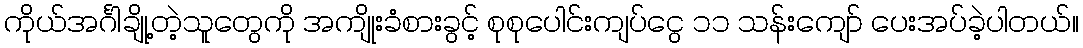
ကိုယ်အင်္ဂါချို့တဲ့သူတွေကို အကျိုးခံစားခွင့် စုစုပေါင်းကျပ်ငွေ ၁၁ သန်းကျော် ပေးအပ်ခဲ့ပါတယ်။